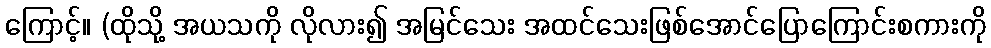
ကြောင့်။ (ထိုသို့ အယသကို လိုလား၍ အမြင်သေး အထင်သေးဖြစ်အောင်ပြောကြောင်းစကားကို